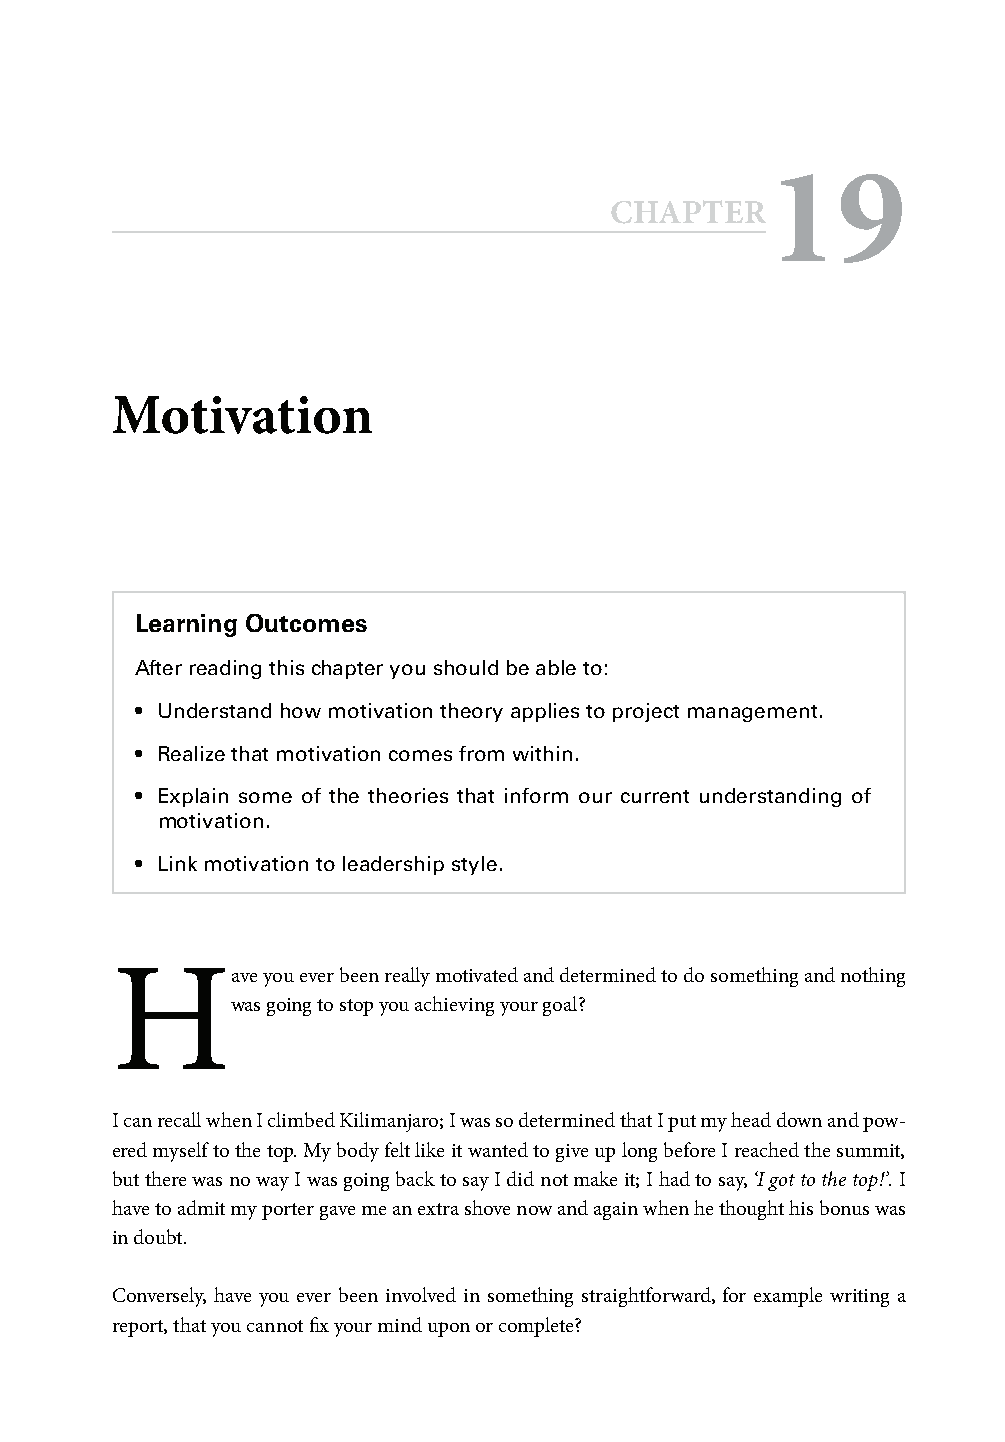
19
 CHAPTER
 Motivation
 Learning Outcomes
 After reading this chapter you should be able to:
 • Understand how motivation theory applies to project management.
 • Realize that motivation comes from within.
 • Explain some of the theories that inform our current understanding of
 motivation.
 • Link motivation to leadership style.
 H
 ave you ever been really motivated and determined to do something and nothing
 was going to stop you achieving your goal?
 I can recall when I climbed Kilimanjaro; I was so determined that I put my head down and pow-
 ered myself to the top. My body felt like it wanted to give up long before I reached the summit,
 but there was no way I was going back to say I did not make it; I had to say, ‘I got to the top!’. I
 have to admit my porter gave me an extra shove now and again when he thought his bonus was
 in doubt.
 Conversely, have you ever been involved in something straightforward, for example writing a
 report, that you cannot fi x your mind upon or complete?